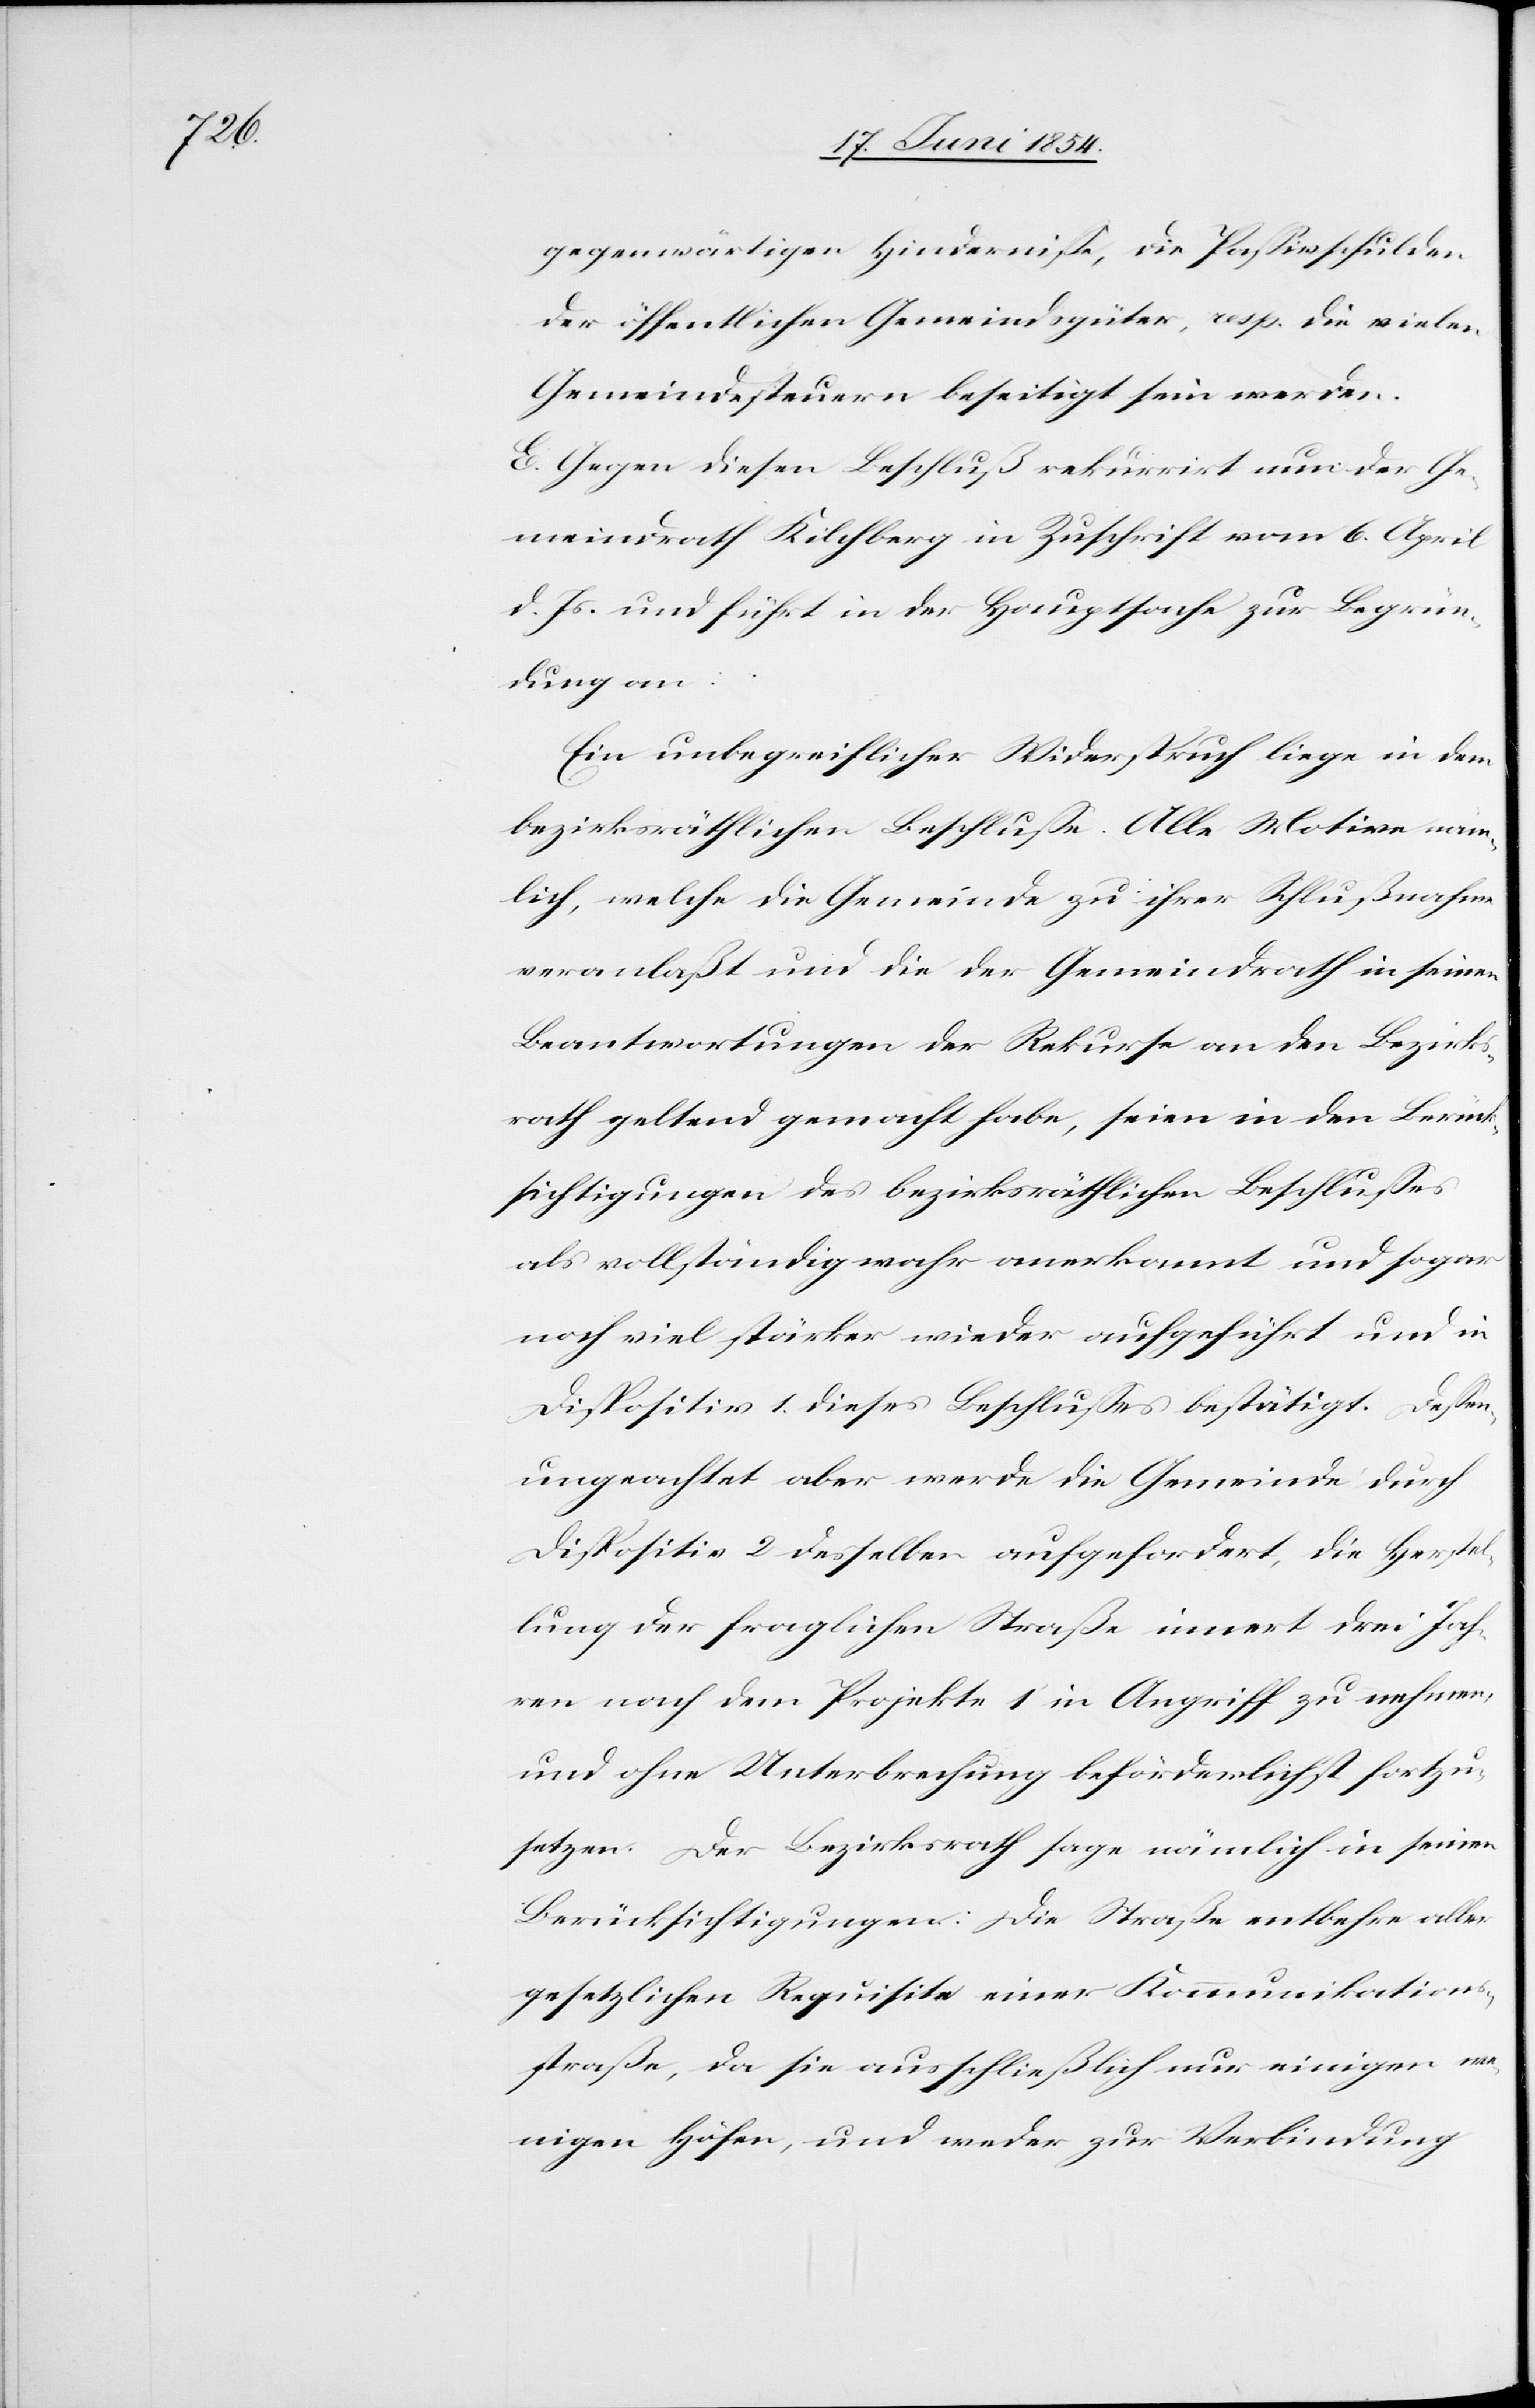
gegenwärtigen Hinderniße, die Paßivschulden
der öffentlichen Gemeindsgüter, resp. die vielen
Gemeindesteuern beseitigt sein werden.
E. Gegen diesen Beschluß rekurrirt nun der Ge¬
meindrath Kilchberg in Zuschrift vom 6. April
d. Js. und führt in der Hauptsache zur Begrün¬
dung an:
Ein unbegreiflicher Widerspruch liege in dem
bezirksräthlichen Beschluße. Alle Motive näm¬
lich, welche die Gemeinde zu ihrer Schlußnahme
veranlaßt und die der Gemeindrath in seinen
Beantwortungen der Rekurse an den Bezirks¬
rath geltend gemacht habe, seien in den Berück¬
sichtigungen des bezirksräthlichen Beschlußes
als vollständig wahr anerkannt und sogar
noch viel stärker wieder aufgeführt und in
Dispositiv 1. dieses Beschlußes bestätigt. Deßen¬
ungeachtet aber werde die Gemeinde durch
Dispositiv 2 desselben aufgefordert, die Herstel¬
lung der fraglichen Straße innert drei Jah¬
ren nach dem Projekte 1 in Angriff zu nehmen,
und ohne Unterbrechung beförderlichst fortzu¬
setzen. Der Bezirksrath sage nämlich in seinen
Berücksichtigungen: Die Straße entbehre aller
gesetzlichen Requisite einer Kommunikations¬
straße, da sie ausschließlich nur einigen we¬
nigen Höfen, und weder zur Verbindung